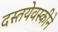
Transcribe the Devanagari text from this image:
दस्तयेवस्कीने